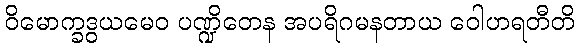
ဝိမောက္ခဒွယမေဝ ပဏ္ဍိတေန အပရိဂမနတာယ ဝေါဟရတီတိ